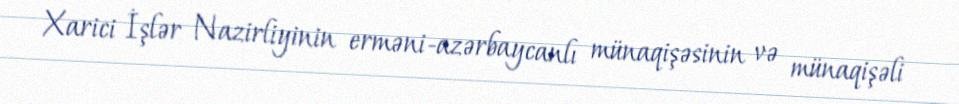
Xarici İşlər Nazirliyinin erməni‐azərbaycanlı münaqişəsinin və münaqişəli